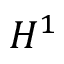
H ^ { 1 }